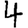
Digit: 4